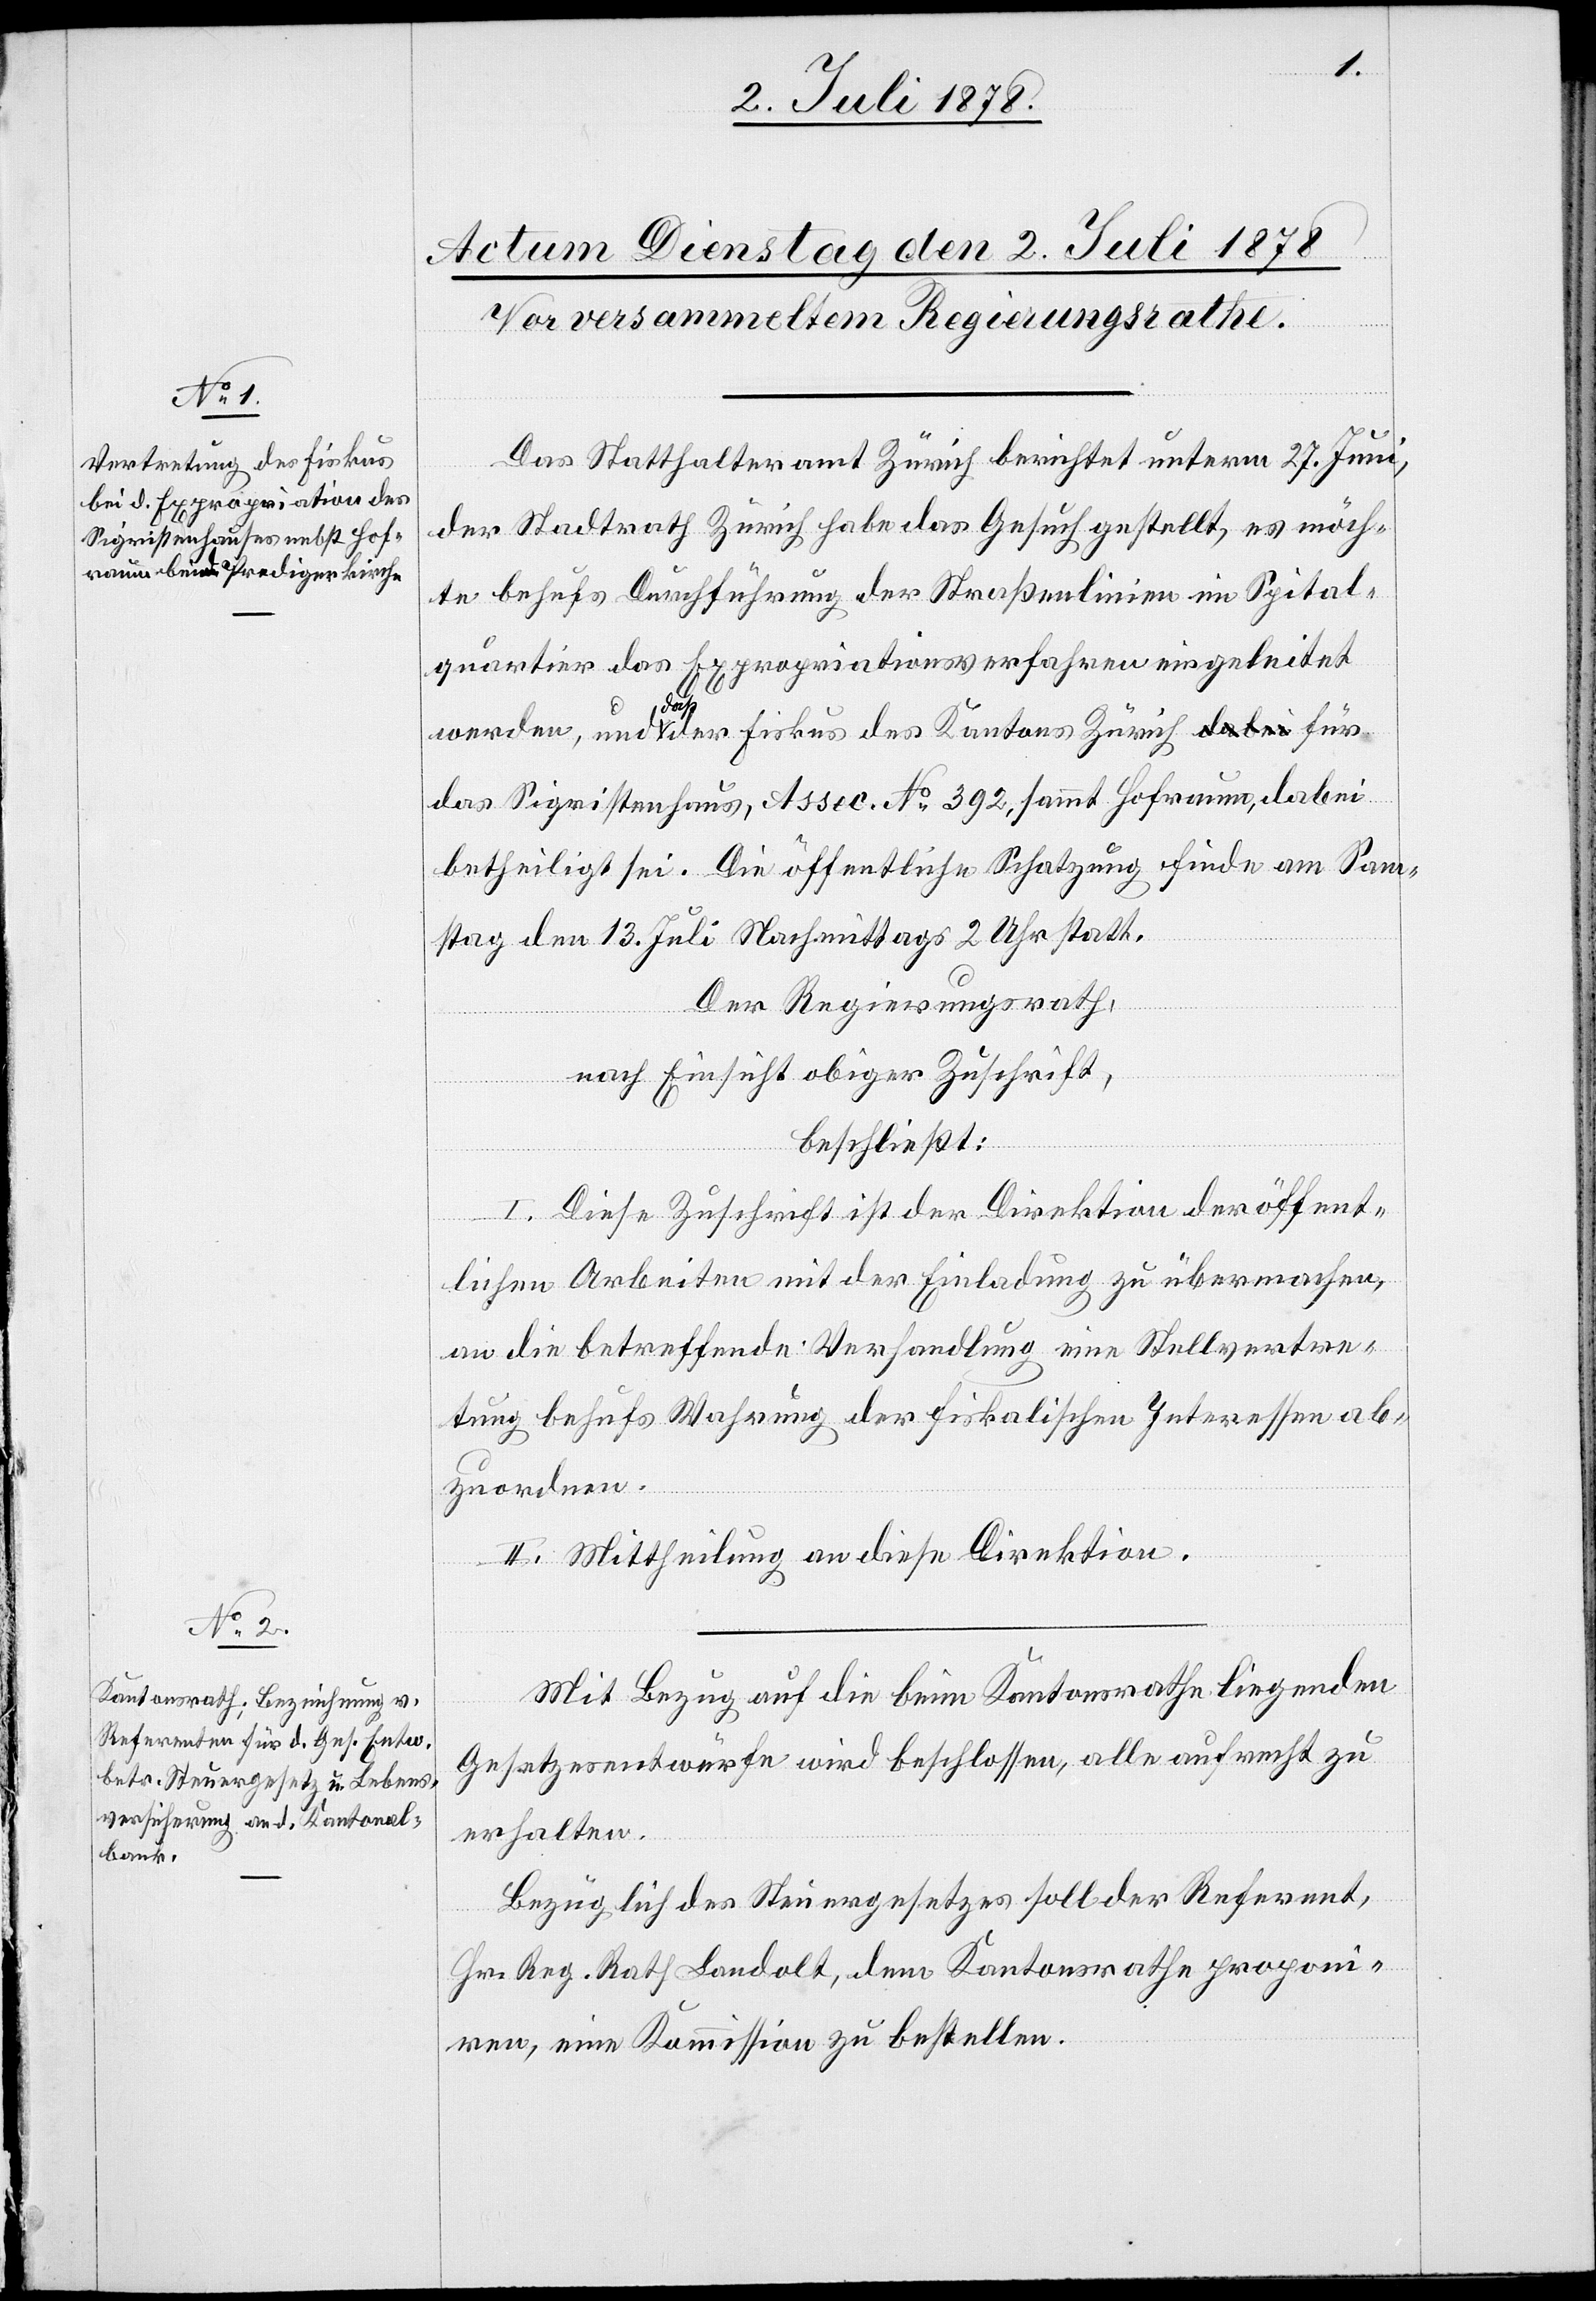
Das Statthalteramt Zürich berichtet unterm 27. Juni,
der Stadtrath Zürich habe das Gesuch gestellt, es möch¬
te behufs Durchführung der Straßenlinien im Spital¬
quartier das Expropriationsverfahren eingeleitet
werden, und daß der Fiskus des Kantons Zürich für
das Sigristenhaus, Assec. No 392, sammt Hofraum, dabei
betheiligt sei. Die öffentliche Schatzung finde am Sam¬
stag den 13. Juli Nachmittags 2 Uhr statt.
Der Regierungsrath,
nach Einsicht obiger Zuschrift,
beschließt:
I. Diese Zuschrift ist der Direktion der öffent¬
lichen Arbeiten mit der Einladung zu übermachen,
an die betreffende Verhandlung eine Stellvertre¬
tung behufs Wahrung der fiskalischen Interessen ab¬
zuordnen.
II. Mittheilung an diese Direktion.
Mit Bezug auf die beim Kantonsrathe liegenden
Gesetzesentwürfe wird beschlossen, alle aufrecht zu
erhalten.
Bezüglich des Steuergesetzes soll der Referent,
Hr. Reg. Rath Landolt, dem Kantonsrathe proponi¬
ren, eine Kommission zu bestellen.